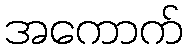
အကောက်